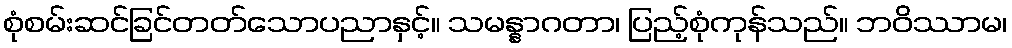
စုံစမ်းဆင်ခြင်တတ်သောပညာနှင့်။ သမန္နာဂတာ၊ ပြည့်စုံကုန်သည်။ ဘဝိဿာမ၊